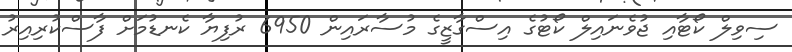
ސިވިލް ކޯޓާއި ޖުވެނައިލް ކޯޓުގެ އިސްގާޒީގެ މުސާރައިން 6950 ރުފިޔާ ކެނޑުމަށް ފާސްކުރިއިރު